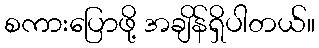
စကားပြောဖို့ အချိန်ရှိပါတယ်။